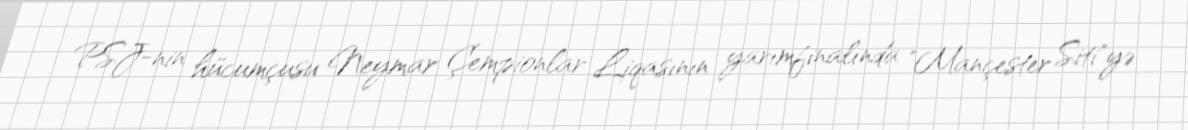
PSJ-nin hücumçusu Neymar Çempionlar Liqasının yarımfinalında "Mançester Siti"yə